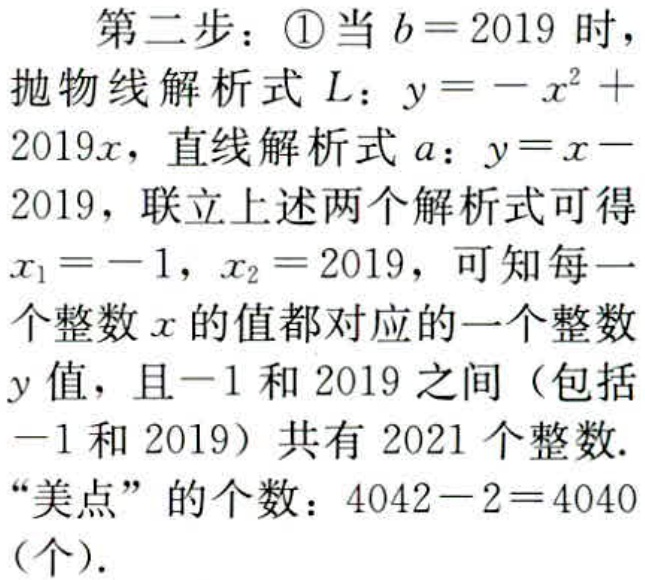
第二步：\textcircled{1}当\(b = 2019\)时，
抛物线解析式\(L\)：\(y=-x^{2}+2019x\)，直线解析式\(a\)：\(y = x - 2019\)，联立上述两个解析式可得\(x_{1}=-1\)，\(x_{2}=2019\)，可知每一个整数\(x\)的值都对应的一个整数\(y\)值，且\(-1\)和\(2019\)之间（包括\(-1\)和\(2019\)）共有\(2021\)个整数.
“美点”的个数：\(4042 - 2=4040\)（个）.